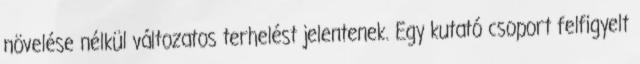
növelése nélkül változatos terhelést jelentenek. Egy kutató csoport felfigyelt